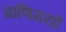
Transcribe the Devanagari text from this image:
प्राणिमयों